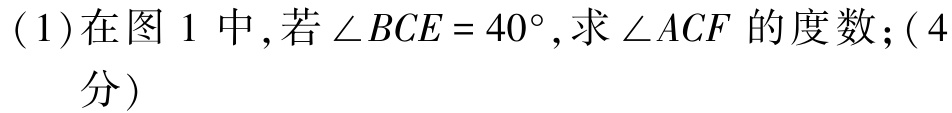
(1)在图 1 中,若\(\angle BCE = 40^{\circ}\),求\(\angle ACF\)的度数;(4分)